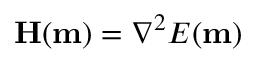
\mathbf { H } ( \mathbf { m } ) = \nabla ^ { 2 } E ( \mathbf { m } )